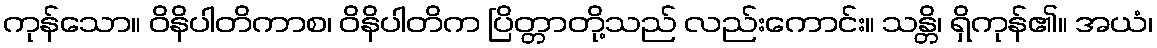
ကုန်သော။ ဝိနိပါတိကာစ၊ ဝိနိပါတိက ပြိတ္တာတို့သည် လည်းကောင်း။ သန္တိ၊ ရှိကုန်၏။ အယံ၊